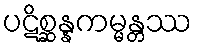
ပဋိစ္ဆန္နကမ္မန္တဿ